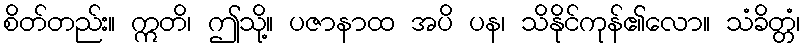
စိတ်တည်း။ ဣတိ၊ ဤသို့။ ပဇာနာထ အပိ ပန၊ သိနိုင်ကုန်၏လော။ သံခိတ္တံ၊